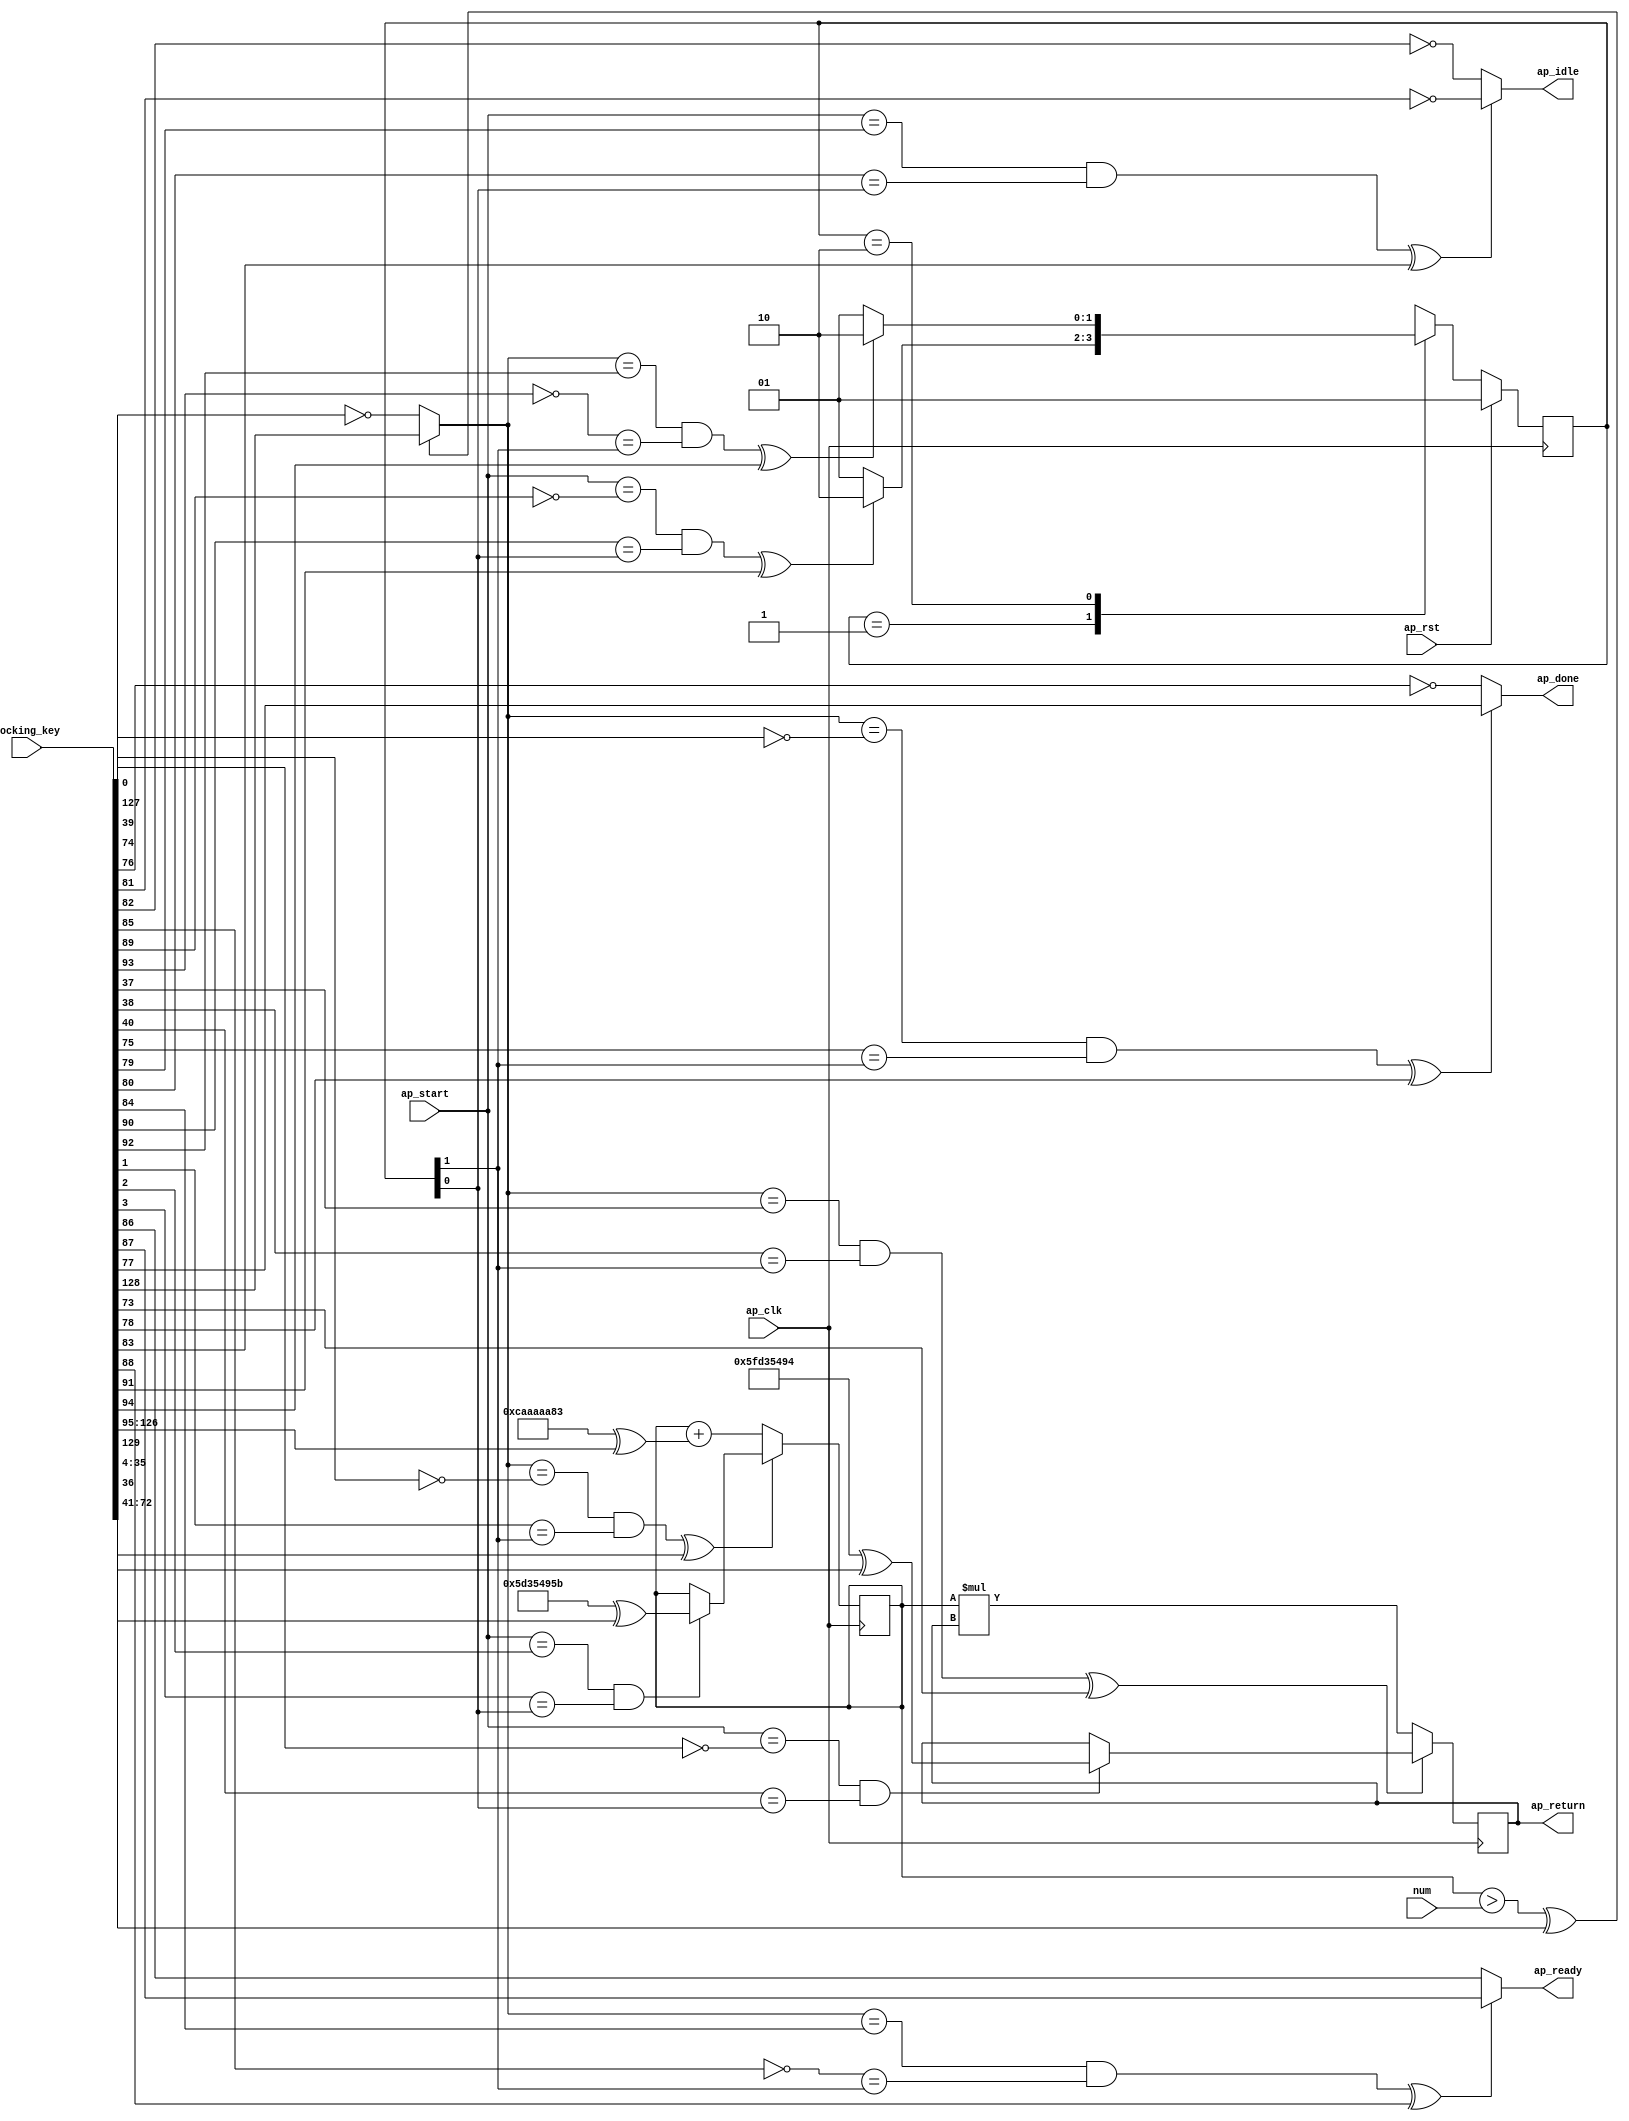
module factorial_0_obf
(
  ap_clk,
  ap_rst,
  ap_start,
  ap_done,
  ap_idle,
  ap_ready,
  num,
  ap_return,
  locking_key
);

  parameter ap_ST_fsm_state1 = 2'd1;
  parameter ap_ST_fsm_state2 = 2'd2;
  input ap_clk;
  input ap_rst;
  input ap_start;
  output ap_done;
  output ap_idle;
  output ap_ready;
  input [31:0] num;
  output [31:0] ap_return;
  reg ap_done;
  reg ap_idle;
  reg ap_ready;
  reg [1:0] ap_CS_fsm;
  wire ap_CS_fsm_state1;
  wire [31:0] temp_1_fu_47_p2;
  wire ap_CS_fsm_state2;
  wire [0:0] tmp_fu_42_p2;
  wire [31:0] i_1_fu_53_p2;
  reg signed [31:0] temp_reg_20;
  reg signed [31:0] i_reg_31;
  reg [1:0] ap_NS_fsm;
  wire Const_0;
  wire Const_1;
  wire Const_2;
  wire Const_3;
  wire [31:0] Const_4;
  wire Const_5;
  wire Const_6;
  wire Const_7;
  wire Const_8;
  wire [31:0] Const_9;
  wire Const_10;
  wire Const_11;
  wire Const_12;
  wire Const_13;
  wire Const_14;
  wire Const_15;
  wire Const_16;
  wire Const_17;
  wire Const_18;
  wire Const_19;
  wire Const_20;
  wire Const_21;
  wire Const_22;
  wire Const_23;
  wire Const_24;
  wire Const_25;
  wire [31:0] Const_26;
  wire Const_27;
  wire Const_28;
  input [254:0] locking_key;
  wire [129:0] working_key;

  initial begin
    #0 ap_CS_fsm = 2'd1;
  end


  always @(posedge ap_clk) begin
    if(ap_rst == 1'b1) begin
      ap_CS_fsm <= ap_ST_fsm_state1;
    end else begin
      ap_CS_fsm <= ap_NS_fsm;
    end
  end

  assign Const_0 = (1'b1 ^ working_key[0]);
  assign Const_1 = (1'b0 ^ working_key[1]);
  assign Const_2 = (1'b0 ^ working_key[2]);
  assign Const_3 = (1'b0 ^ working_key[3]);
  assign Const_4 = (32'b01011101001101010100100101011011 ^ working_key[35:4]);

  always @(posedge ap_clk) begin
    if(((tmp_fu_42_p2 == Const_0) & (Const_1 == ap_CS_fsm_state2) ^ working_key[36]) == 1'b0) begin
      i_reg_31 <= i_1_fu_53_p2;
    end else if((ap_start == Const_2) & (Const_3 == ap_CS_fsm_state1)) begin
      i_reg_31 <= Const_4;
    end 
  end

  assign Const_5 = (1'b0 ^ working_key[37]);
  assign Const_6 = (1'b0 ^ working_key[38]);
  assign Const_7 = (1'b1 ^ working_key[39]);
  assign Const_8 = (1'b0 ^ working_key[40]);
  assign Const_9 = (32'b01011111110100110101010010010100 ^ working_key[72:41]);

  always @(posedge ap_clk) begin
    if(((tmp_fu_42_p2 == Const_5) & (Const_6 == ap_CS_fsm_state2) ^ working_key[73]) == 1'b0) begin
      temp_reg_20 <= temp_1_fu_47_p2;
    end else if((ap_start == Const_7) & (Const_8 == ap_CS_fsm_state1)) begin
      temp_reg_20 <= Const_9;
    end 
  end

  assign Const_10 = (1'b1 ^ working_key[74]);
  assign Const_11 = (1'b0 ^ working_key[75]);
  assign Const_12 = (1'b1 ^ working_key[76]);
  assign Const_13 = (1'b0 ^ working_key[77]);

  always @(*) begin
    if(((tmp_fu_42_p2 == Const_10) & (Const_11 == ap_CS_fsm_state2) ^ working_key[78]) == 1'b1) begin
      ap_done = Const_13;
    end else begin
      ap_done = Const_12;
    end
  end

  assign Const_14 = (1'b0 ^ working_key[79]);
  assign Const_15 = (1'b0 ^ working_key[80]);
  assign Const_16 = (1'b1 ^ working_key[81]);
  assign Const_17 = (1'b1 ^ working_key[82]);

  always @(*) begin
    if(((ap_start == Const_14) & (Const_15 == ap_CS_fsm_state1) ^ working_key[83]) == 1'b1) begin
      ap_idle = Const_16;
    end else begin
      ap_idle = Const_17;
    end
  end

  assign Const_18 = (1'b0 ^ working_key[84]);
  assign Const_19 = (1'b1 ^ working_key[85]);
  assign Const_20 = (1'b0 ^ working_key[86]);
  assign Const_21 = (1'b0 ^ working_key[87]);

  always @(*) begin
    if(((tmp_fu_42_p2 == Const_18) & (Const_19 == ap_CS_fsm_state2) ^ working_key[88]) == 1'b1) begin
      ap_ready = Const_21;
    end else begin
      ap_ready = Const_20;
    end
  end

  assign Const_22 = (1'b1 ^ working_key[89]);
  assign Const_23 = (1'b0 ^ working_key[90]);
  assign Const_24 = (1'b0 ^ working_key[92]);
  assign Const_25 = (1'b1 ^ working_key[93]);

  always @(*) begin
    case(ap_CS_fsm)
      ap_ST_fsm_state1: begin
        if(((ap_start == Const_22) & (Const_23 == ap_CS_fsm_state1) ^ working_key[91]) == 1'b1) begin
          ap_NS_fsm = ap_ST_fsm_state2;
        end else begin
          ap_NS_fsm = ap_ST_fsm_state1;
        end
      end
      ap_ST_fsm_state2: begin
        if(((tmp_fu_42_p2 == Const_24) & (Const_25 == ap_CS_fsm_state2) ^ working_key[94]) == 1'b1) begin
          ap_NS_fsm = ap_ST_fsm_state2;
        end else begin
          ap_NS_fsm = ap_ST_fsm_state1;
        end
      end
      default: begin
        ap_NS_fsm = 'bx;
      end
    endcase
  end

  assign ap_CS_fsm_state1 = ap_CS_fsm[32'd0];
  assign ap_CS_fsm_state2 = ap_CS_fsm[32'd1];
  assign ap_return = temp_reg_20;

  assign Const_26 = (32'b11001010101010101010101010000011 ^ working_key[126:95]);
  
  assign i_1_fu_53_p2 = i_reg_31 + Const_26;

  assign temp_1_fu_47_p2 = i_reg_31 * temp_reg_20;

  assign Const_27 = (1'b1 ^ working_key[127]);
  assign Const_28 = (1'b0 ^ working_key[128]);

  assign tmp_fu_42_p2 = (((i_reg_31 > num) ^ working_key[129]) == 1'b1)? Const_28 : Const_27;
  assign working_key = { locking_key[129:0] };

endmodule